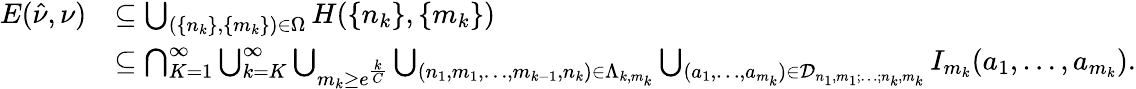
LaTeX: \begin{array}{rl}{E(\hat{\nu},\nu)}&{\subseteq\bigcup_{(\{ n_{k}\} ,\{ m_{k}\} )\in\Omega}H(\{ n_{k}\} ,\{ m_{k}\} )}\\ &{\subseteq\bigcap_{K=1}^{\infty}\bigcup_{k=K}^{\infty}\bigcup_{m_{k}\ge e^{\frac{k}{C}}}\bigcup_{(n_{1},m_{1},\ldots,m_{k-1},n_{k})\in\Lambda_{k,m_{k}}}\bigcup_{(a_{1},\ldots,a_{m_{k}})\in\mathcal{D}_{n_{1},m_{1};\ldots;n_{k},m_{k}}}I_{m_{k}}(a_{1},\ldots,a_{m_{k}}).}\end{array}